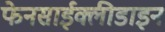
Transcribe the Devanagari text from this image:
फेनसाईक्लीडाइन